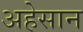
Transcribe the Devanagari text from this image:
अहेसान